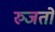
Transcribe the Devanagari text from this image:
रुजतो